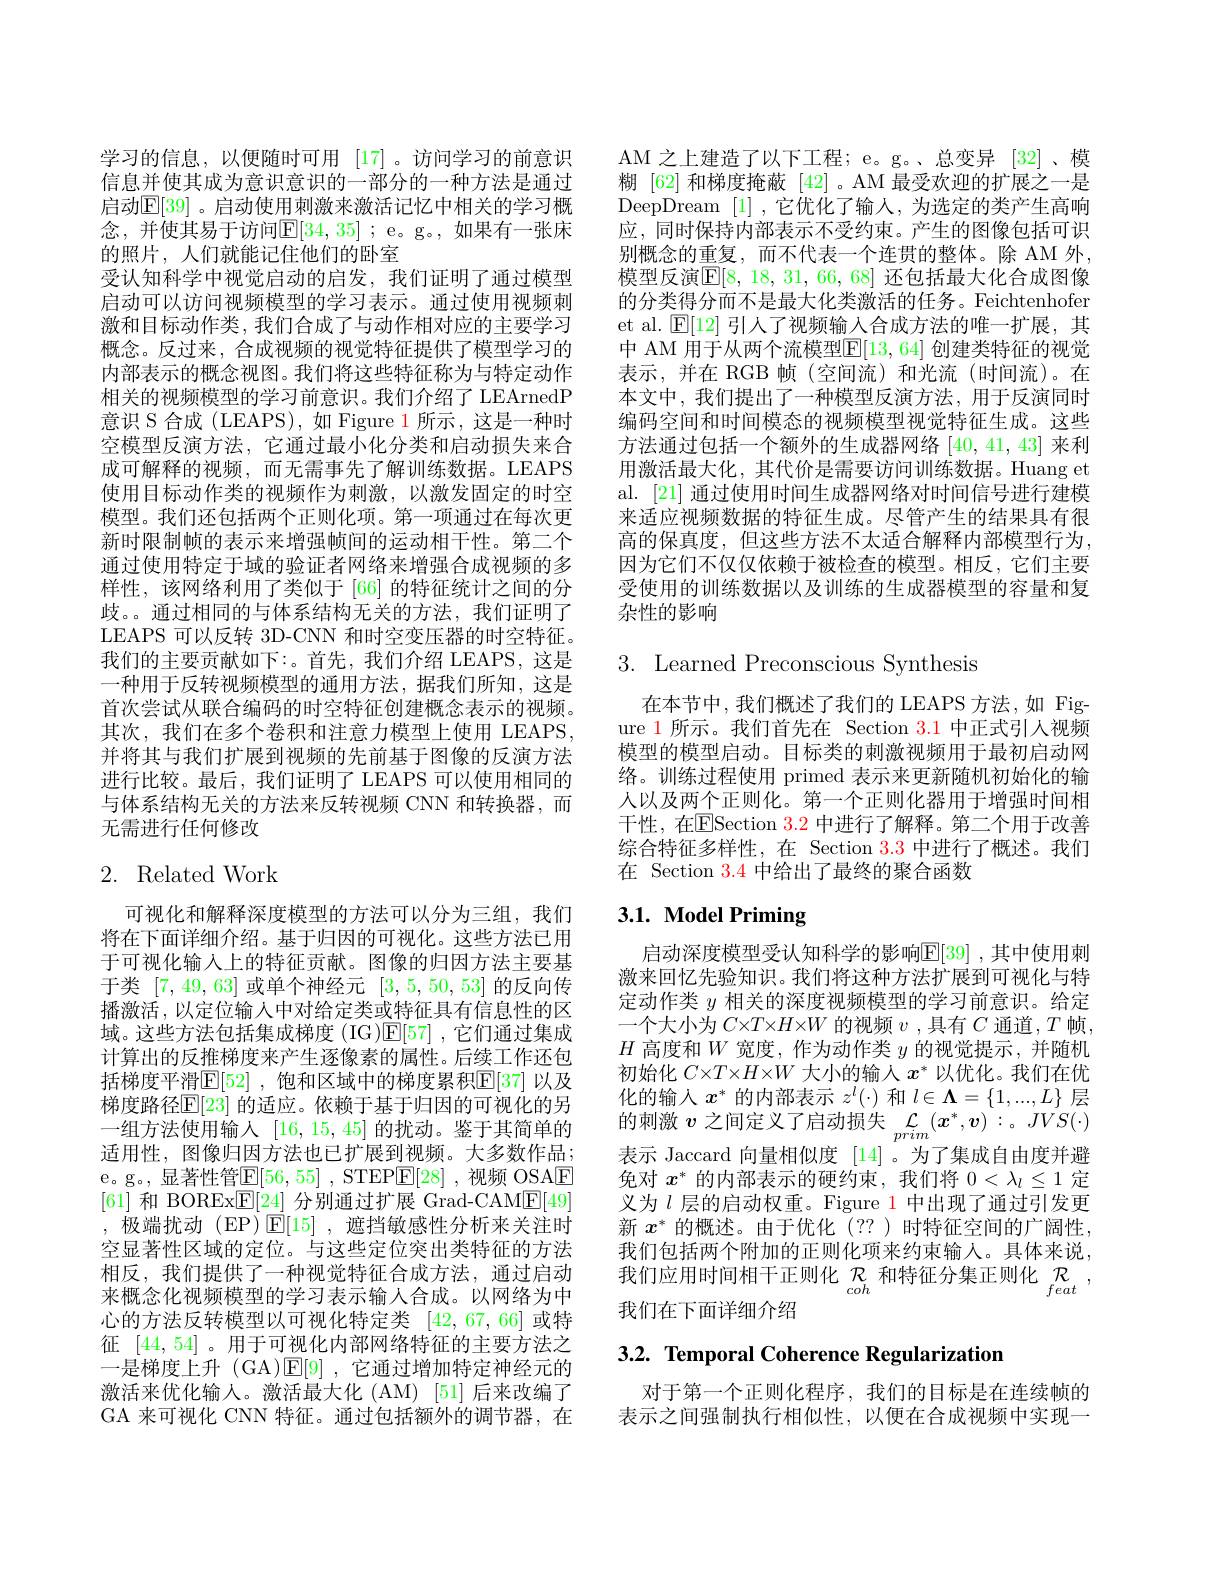
学习的信息，以便随时可用 [17]。访问学习的前意识信息并使其成为意识意识的一部分的一种方法是通过启动$\mathbb{E}[39]$。启动使用刺激来激活记忆中相关的学习概念，并使其易于访问$\mathbb{E}[34,35]$ ; e。g。, 如果有一张床的照片，人们就能记住他们的卧室
受认知科学中视觉启动的启发，我们证明了通过模型启动可以访问视频模型的学习表示。通过使用视频刺激和目标动作类，我们合成了与动作相对应的主要学习概念。反过来，合成视频的视觉特征提供了模型学习的内部表示的概念视图。我们将这些特征称为与特定动作相关的视频模型的学习前意识。我们介绍了 LEArnedP 意识 S 合成 (LEAPS), 如 Figure 1 所示，这是一种时空模型反演方法，它通过最小化分类和启动损失来合成可解释的视频，而无需事先了解训练数据。LEAPS 使用目标动作类的视频作为刺激，以激发固定的时空模型。我们还包括两个正则化项。第一项通过在每次更新时限制帧的表示来增强帧间的运动相干性。第二个通过使用特定于域的验证者网络来增强合成视频的多样性，该网络利用了类似于[66] 的特征统计之间的分歧。通过相同的与体系结构无关的方法，我们证明了LEAPS 可以反转 3D-CNN 和时空变压器的时空特征。我们的主要贡献如下：。首先，我们介绍 LEAPS, 这是一种用于反转视频模型的通用方法，据我们所知，这是首次尝试从联合编码的时空特征创建概念表示的视频。其次，我们在多个卷积和注意力模型上使用 LEAPS, 并将其与我们扩展到视频的先前基于图像的反演方法进行比较。最后，我们证明了 LEAPS 可以使用相同的与体系结构无关的方法来反转视频 CNN 和转换器，而无需进行任何修改

# 2. Related Work

可视化和解释深度模型的方法可以分为三组，我们将在下面详细介绍。基于归因的可视化。这些方法已用于可视化输入上的特征贡献。图像的归因方法主要基于类[7,49,63]或单个神经元[3,5,50,53]的反向传播激活，以定位输入中对给定类或特征具有信息性的区域。这些方法包括集成梯度(IG)$\mathbb{E}[57]$ ,它们通过集成计算出的反推梯度来产生逐像素的属性。后续工作还包括梯度平滑$\mathbb{E}[52]$ ,饱和区域中的梯度累积$\mathbb{E}[37]$ 以及梯度路径$\mathbb{E}[23]$ 的适应。依赖于基于归因的可视化的另一组方法使用输入[16,15,45]的扰动。鉴于其简单的适用性，图像归因方法也已扩展到视频。大多数作品； e。g。,显著性管$\mathbb{E}[56,55]$ ,STEP$\mathbb{E}[28]$ ,视频 OSAE [61]和 BOREx$\mathbb{E}[24]$分别通过扩展 Grad-CAM$\mathbb{E}[49]$ ,极端扰动(EP)$\mathbb{E}[15]$,遮挡敏感性分析来关注时空显著性区域的定位。与这些定位突出类特征的方法相反，我们提供了一种视觉特征合成方法，通过启动来概念化视频模型的学习表示输入合成。以网络为中心的方法反转模型以可视化特定类[42,67,66]或特征[44,54] 。用于可视化内部网络特征的主要方法之一是梯度上升 (GA)$\mathbb{E}[9]$ ,它通过增加特定神经元的激活来优化输入。激活最大化 (AM) [51] 后来改编了GA 来可视化 CNN 特征。通过包括额外的调节器，在

AM 之上建造了以下工程；e。g。、总变异 [32]、模糊 [62] 和梯度掩蔽 [42] 。AM 最受欢迎的扩展之一是DeepDream [1],它优化了输入，为选定的类产生高响应，同时保持内部表示不受约束。产生的图像包括可识别概念的重复，而不代表一个连贯的整体。除 AM 外， 模型反演$\mathbb{E}[8,18,31,66,68]$ 还包括最大化合成图像的分类得分而不是最大化类激活的任务。Feichtenhofer et al. $\mathbb{E}[12]$引人了视频输入合成方法的唯一扩展，其中 AM 用于从两个流模型$\mathbb{E}[13,64]$ 创建类特征的视觉表示，并在 RGB 帧(空间流)和光流(时间流)。在本文中，我们提出了一种模型反演方法，用于反演同时编码空间和时间模态的视频模型视觉特征生成。这些方法通过包括一个额外的生成器网络[40,41,43]来利用激活最大化，其代价是需要访问训练数据。Huang et al. [21] 通过使用时间生成器网络对时间信号进行建模来适应视频数据的特征生成。尽管产生的结果具有很高的保真度，但这些方法不太适合解释内部模型行为， 因为它们不仅仅依赖于被检查的模型。相反，它们主要受使用的训练数据以及训练的生成器模型的容量和复杂性的影响

# 3. Learned Preconscious Synthesis

在本节中，我们概述了我们的 LEAPS 方法，如 Figure 1 所示。我们首先在 Section 3.1 中正式引人视频模型的模型启动。目标类的刺激视频用于最初启动网络。训练过程使用 primed 表示来更新随机初始化的输人以及两个正则化。第一个正则化器用于增强时间相干性，在ESection $\color{red}3.2$ 中进行了解释。第二个用于改善综合特征多样性，在 Section 3.3 中进行了概述。我们在 Section $\color{red}{3.4}$中给出了最终的聚合函数

# 3.1. Model Priming

启动深度模型受认知科学的影响$\mathbb{E}[39]$ ,其中使用刺激来回忆先验知识。我们将这种方法扩展到可视化与特定动作类$y$相关的深度视频模型的学习前意识。给定一个大小为$C\times T\times H\times W$的视频$v$ ,具有$C$通道$,T$帧， $H$高度和$W$宽度，作为动作类$y$的视觉提示，并随机初始化$C\times T\times H\times W$大小的输人$x^*$以优化。我们在优化的输入$x^*$的内部表示$z^l(\cdot)$和$l\in\mathbf{\Lambda}=\{1,...,L\}$层的刺激$v$之间定义了启动损失$\mathcal{L}_prim(x^*,v):。JVS(\cdot)$ 表示 Jaccard 向量相似度 [14]。为了集成自由度并避免对$x^*$的内部表示的硬约束，我们将$0<\lambda_l\leq1$定义为$l$层的启动权重。Figure 1 中出现了通过引发更新$x^*$的概述。由于优化(??)时特征空间的广阔性， 我们包括两个附加的正则化项来约束输入。具体来说， 我们应用时间相干正则化$\mathcal{R}_{cob}$和特征分集正则化$\mathcal{R}_{feat}$, 我们在下面详细介绍

3.2. Temporal Coherence Regularization

对于第一个正则化程序，我们的目标是在连续帧的表示之间强制执行相似性，以便在合成视频中实现一